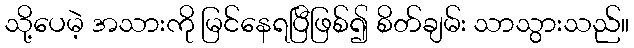
သို့ပေမဲ့ အသားကို မြင်နေရပြီဖြစ်၍ စိတ်ချမ်း သာသွားသည်။